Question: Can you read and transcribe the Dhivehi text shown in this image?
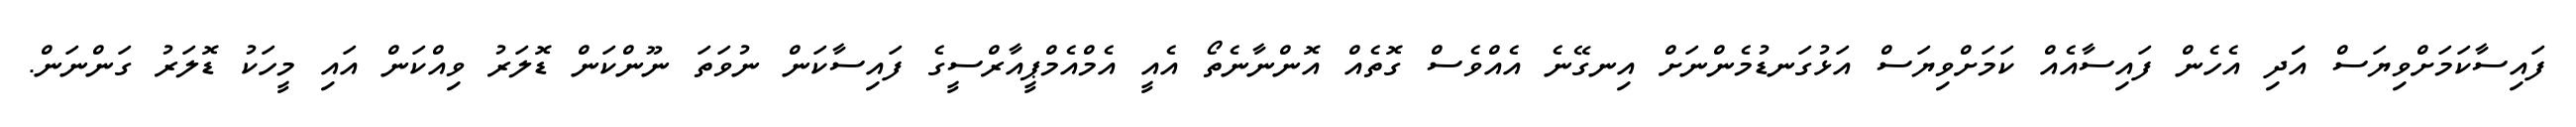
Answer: ފައިސާކަމަށްވިޔަސް އަަދި އެހެން ފައިސާއެއް ކަމަށްވިޔަސް އަޅުގަނޑުމެންނަށް އިނގޭނެ އެއްވެސް ގޮތެއް އޮންނާނެތޯ އެއީ އެމްއެމްޕީއާރްސީގެ ފައިސާކަން ނުވަތަ ނޫންކަން ޑޮލަރު ވިއްކަން އައި މީހަކު ޑޮލަރު ގަންނަން.